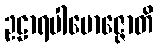
ဥဠာရပါမောဇ္ဇောတိ